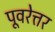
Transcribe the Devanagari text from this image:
पूवरेत्तर